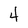
Character: 4